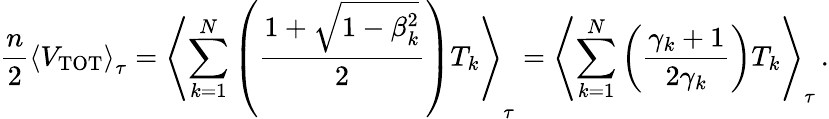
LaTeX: {\frac{n}{2}}\left\langle V_{\mathrm{TOT}}\right\rangle_{\tau}=\left\langle\sum_{k=1}^{N}\left({\frac{1+{\sqrt{1-\beta_{k}^{2}}}}{2}}\right)T_{k}\right\rangle_{\tau}=\left\langle\sum_{k=1}^{N}\left({\frac{\gamma_{k}+1}{2\gamma_{k}}}\right)T_{k}\right\rangle_{\tau}\, .